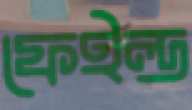
ফেইল্ড